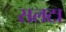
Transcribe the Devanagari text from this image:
सलटा